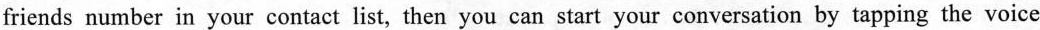
friends number in your contact list, then you can start your conversation by tapping the voice